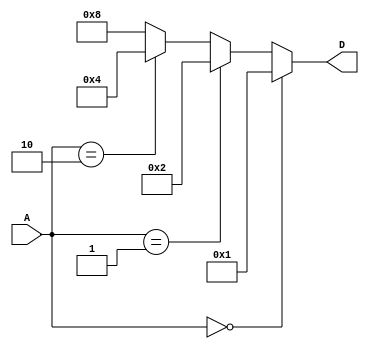
module decoder2(
    input [1:0] A,
    output [3:0] D
);

assign D = (A == 2'b00) ? 4'b0001 :
          (A == 2'b01) ? 4'b0010 :
          (A == 2'b10) ? 4'b0100 :
                         4'b1000;

endmodule